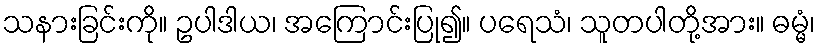
သနားခြင်းကို။ ဥပါဒါယ၊ အကြောင်းပြု၍။ ပရေသံ၊ သူတပါတို့အား။ ဓမ္မံ၊